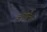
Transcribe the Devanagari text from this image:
अनुशसित